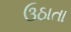
ઉઠાતા